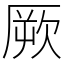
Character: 厥